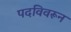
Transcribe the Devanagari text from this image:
पदविवरून